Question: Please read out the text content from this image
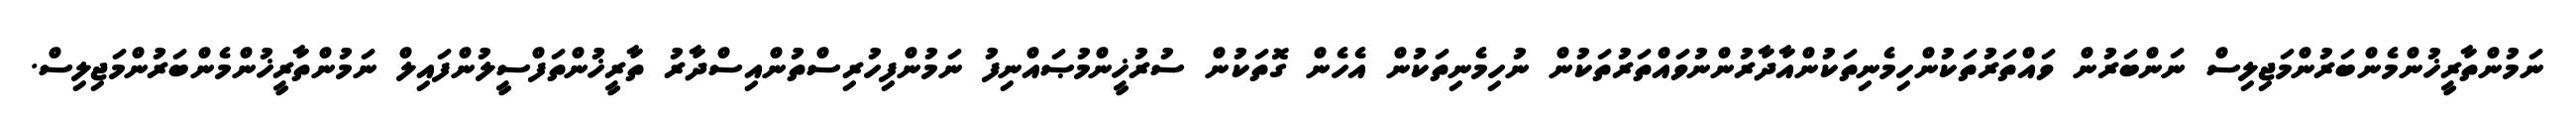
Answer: ނަމުންތާރީޚުންމެންބަރުންމަޖިލިސް ނަންބަރުން ވައްތަރުތަކުންހިމެނިތަކުންއާދާރުންނުވައްތަރުތަކުން ނުހިމެނިތަކުން އެހެން ގޮތަކުން ސުރުޚީންމުޞައްނިފު ނަމުންފިހުރިސްތުންއިސްދާރު ތާރީޚުންތަފްސީލުންފައިލް ނަމުންތާރީޚުންމެންބަރުންމަޖިލިސް.